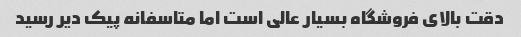
دقت بالای فروشگاه بسیار عالی است اما متاسفانه پیک دیر رسید